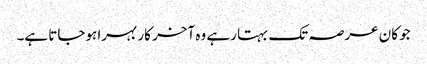
جو کان عرصہ تک بہتا رہے وہ آخر کار بہرا ہوجاتا ہے۔